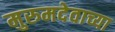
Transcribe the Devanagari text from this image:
मुरुमदेवाच्या